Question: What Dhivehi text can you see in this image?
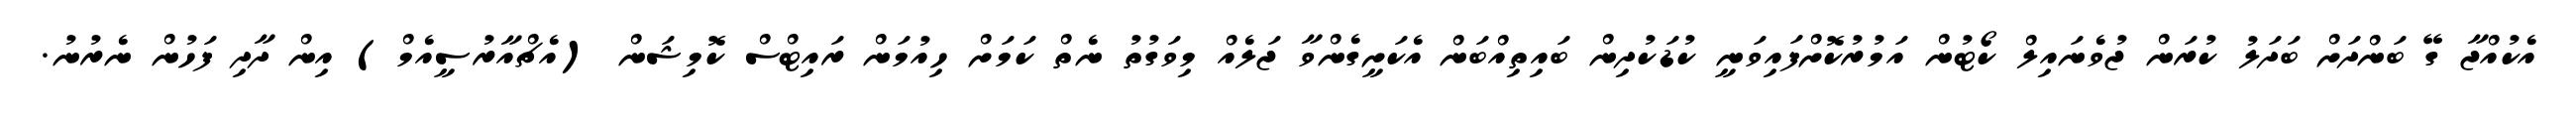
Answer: އެކުއްޖާ ގޭ ބަންދަށް ބަދަލު ކުރަން ޖުވެނައިލް ކޯޓުން އަމުރުކޮށްފައިވަނީ ކުޑަކުދިން ބައިތިއްބަން އެކަށީގެންވާ ޖަލެއް މިވަގުތު ނެތް ކަމަށް ހިއުމަން ރައިޓްސް ކޮމިޝަން (އެޗްއާރުސީއެމް) އިން ދާދި ފަހުން ނެރުނު.